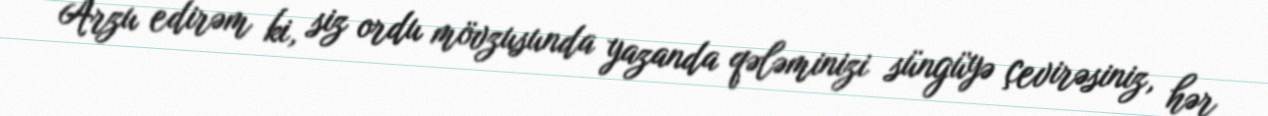
Arzu edirəm ki, siz ordu mövzusunda yazanda qələminizi süngüyə çevirəsiniz, hər